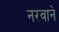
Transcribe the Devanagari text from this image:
नरवाने